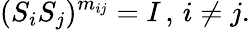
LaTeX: (S_{i}S_{j})^{m_{ij}}=I\, ,\, i\neq j.